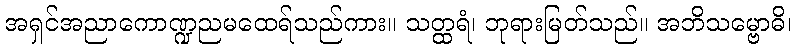
အရှင်အညာကောဏ္ဍညမထေရ်သည်ကား။ သတ္ထရံ၊ ဘုရားမြတ်သည်။ အဘိသမ္ဗောဓိ၊